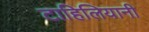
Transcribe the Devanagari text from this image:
टाहिलियानी